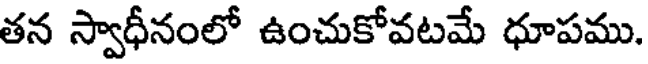
తన స్వాధీనంలో ఉంచుకోవటమే ధూపము.